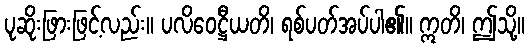
ပုဆိုးဖြားဖြင့်လည်း။ ပလိဝေဋ္ဌီယတိ၊ ရစ်ပတ်အပ်ပါ၏။ ဣတိ၊ ဤသို့။